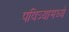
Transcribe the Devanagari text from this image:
पवित्र्यामध्ये